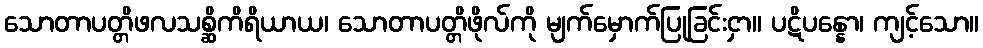
သောတာပတ္တိဖလသစ္ဆိကိရိယာယ၊ သောတာပတ္တိဖိုလ်ကို မျက်မှောက်ပြုခြင်းငှာ။ ပဋိပန္နော၊ ကျင့်သော။